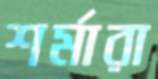
শর্মারা